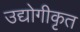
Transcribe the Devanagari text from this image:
उद्योगीकृत